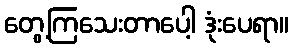
တွေ့ကြသေးတာပေါ့ ဒုံးပေရာ။